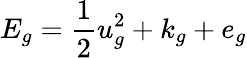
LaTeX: E_{g}=\frac{1}{2}u_{g}^{2}+k_{g}+e_{g}